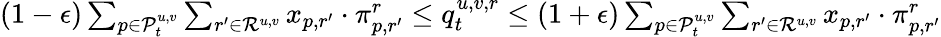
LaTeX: \begin{array}{r}{(1-\epsilon)\sum_{p\in\mathcal{P}_{t}^{u,v}}\sum_{r^{\prime}\in\mathcal{R}^{u,v}}x_{p,r^{\prime}}\cdot\pi_{p,r^{\prime}}^{r}\leq q_{t}^{u,v,r}\leq(1+\epsilon)\sum_{p\in\mathcal{P}_{t}^{u,v}}\sum_{r^{\prime}\in\mathcal{R}^{u,v}}x_{p,r^{\prime}}\cdot\pi_{p,r^{\prime}}^{r}}\end{array}